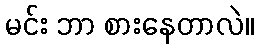
မင်း ဘာ စားနေတာလဲ။